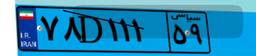
۷۸D۱۱۱۵۹